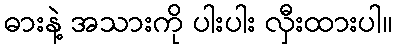
ဓားနဲ့ အသားကို ပါးပါး လှီးထားပါ။